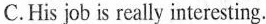
C. His job is really interesting.